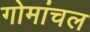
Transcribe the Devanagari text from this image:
गोमांचल